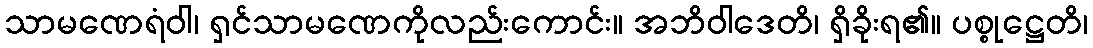
သာမဏေရံဝါ၊ ရှင်သာမဏေကိုလည်းကောင်း။ အဘိဝါဒေတိ၊ ရှိခိုးရ၏။ ပစ္စုဋ္ဌေတိ၊